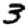
Digit: 3